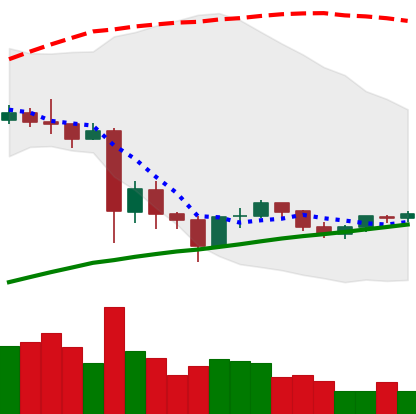
Ticker: TRX-USD
Chart end date: 2021-06-02
Forward return: -8.226%
Label: down_7plus